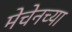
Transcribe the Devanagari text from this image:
मेचेनच्या